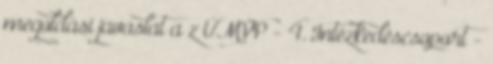
megoldási javaslat a z ÚMVP - 4. Intézkedéscsoport -